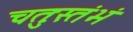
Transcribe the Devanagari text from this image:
चतुःस्तंभं